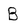
Character: B